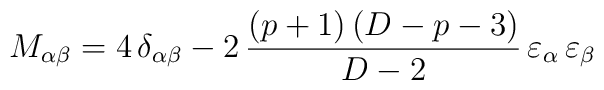
M_{\alpha \beta}= 4 \, \delta_{\alpha \beta} -  2 \, \frac{(p+1) \, (D-p-3)} {D-2} \, \varepsilon_\alpha  \, \varepsilon_\beta